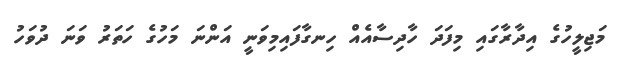
މަޖިލީހުގެ އިދާރާގައި މިފަދަ ހާދިސާއެއް ހިނގާފައިމިވަނީ އަންނަ މަހުގެ ހަތަރު ވަނަ ދުވަހު